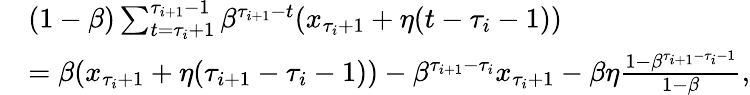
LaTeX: \begin{array}{rl}&{(1-\beta)\sum_{t=\tau_{i}+1}^{\tau_{i+1}-1}\beta^{\tau_{i+1}-t}(x_{\tau_{i}+1}+\eta(t-\tau_{i}-1))}\\ &{=\beta(x_{\tau_{i}+1}+\eta(\tau_{i+1}-\tau_{i}-1))-\beta^{\tau_{i+1}-\tau_{i}}x_{\tau_{i}+1}-\beta\eta\frac{1-\beta^{\tau_{i+1}-\tau_{i}-1}}{1-\beta},}\end{array}